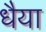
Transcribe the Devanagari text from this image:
धैया